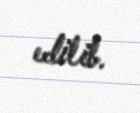
edilib.